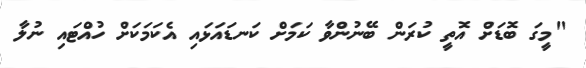
"މީގަ ބޮޑަށް އޮތީ ކުރަން ބޭނުންވާ ކަމަށް ކަނޑައަޅައި އެކަމަކަށް ހުއްޓައި ނުލާ